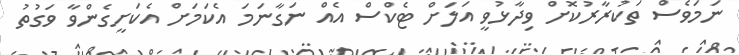
ނަމަވެސް ތަކުރާރުކޮށް ވިދާޅުވީ އަލަށް ޓެކްސް އެއް ނަގާނަަމަ އެކަމަށް އެކަށީގެންވާ ވަގުތު